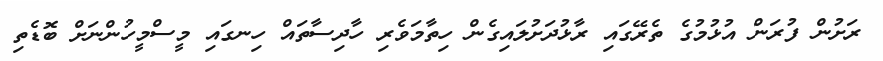
ރަށުން ފުރަން އުޅުމުގެ ތެރޭގައި ރާޅުދަށުލައިގެން ހިތާމަވެރި ހާދިސާތައް ހިނގައި މީސްމީހުންނަށް ބޮޑެތި